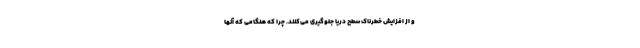
و از افزایش خطرناک سطح دریا جلوگیری می‌کنند. چرا که هنگامی که آنها